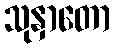
သုနှာတော